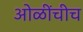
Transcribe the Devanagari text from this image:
ओळींचीच